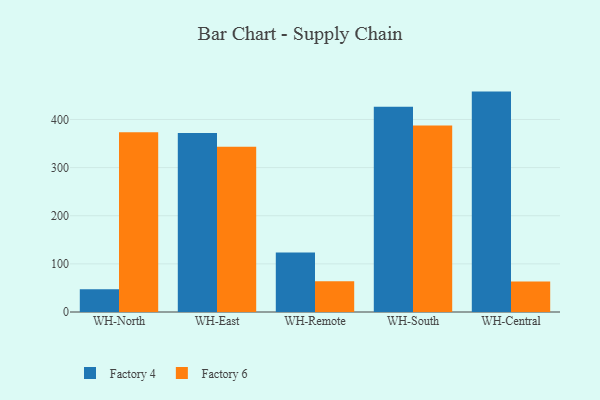
{"axis": {"x": "Warehouse", "y": "LTV (USD)"}, "legend": ["Factory 4", "Factory 6"], "data": [{"x": "WH-North", "y": 47.2, "type": "Factory 4"}, {"x": "WH-North", "y": 373.2, "type": "Factory 6"}, {"x": "WH-East", "y": 371.9, "type": "Factory 4"}, {"x": "WH-East", "y": 343.2, "type": "Factory 6"}, {"x": "WH-Remote", "y": 123.8, "type": "Factory 4"}, {"x": "WH-Remote", "y": 63.7, "type": "Factory 6"}, {"x": "WH-South", "y": 426.5, "type": "Factory 4"}, {"x": "WH-South", "y": 387.3, "type": "Factory 6"}, {"x": "WH-Central", "y": 457.9, "type": "Factory 4"}, {"x": "WH-Central", "y": 63.4, "type": "Factory 6"}]}